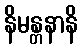
နိမန္တနာနိ